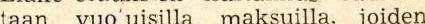
taan vuo'uisilla maksuilla, joiden